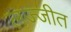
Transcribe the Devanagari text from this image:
लज्जीत